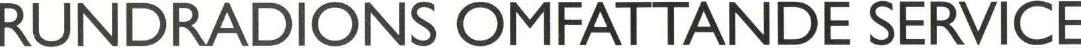
RUNDRADIONS OMFATTANDE SERVICE